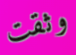
وثقت